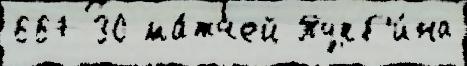
667 30 ма́тчей Турб'и́на